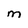
Character: M